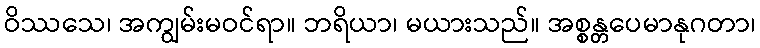
ဝိဿသေ၊ အကျွမ်းမဝင်ရာ။ ဘရိယာ၊ မယားသည်။ အစ္စန္တပေမာနုဂတာ၊